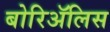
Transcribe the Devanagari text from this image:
बोरिॲलिस